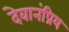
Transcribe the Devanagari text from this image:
देवानंप्रिय